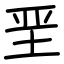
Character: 垩